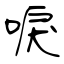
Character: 唳